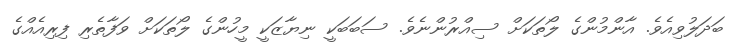
ބަދަލުވިއެވެ. އާންމުންގެ ލޯތަކަށް ސިއްރުންނެވެ. ސަބަބަކީ ނިޔާޒަކީ މީހުންގެ ލޯތަކަށް ވަފާތެރި ފިރިއެއްގެ